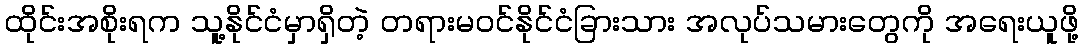
ထိုင်းအစိုးရက သူ့နိုင်ငံမှာရှိတဲ့ တရားမဝင်နိုင်ငံခြားသား အလုပ်သမားတွေကို အရေးယူဖို့